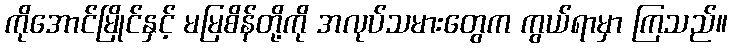
ကိုအောင်မြိုင်နှင့် မမြစိန်တို့ကို အလုပ်သမားတွေက ကွယ်ရာမှာ ကြသည်။